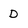
Character: D